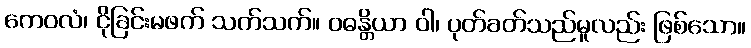
ကေဝလံ၊ ငိုခြင်းမဖက် သက်သက်။ ဝဓန္တိယာ ဝါ၊ ပုတ်ခတ်သည်မူလည်း ဖြစ်သော။